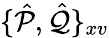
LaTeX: \{ \hat{\mathcal{P}},\hat{\mathcal{Q}}\} _{xv}